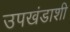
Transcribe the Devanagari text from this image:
उपखंडाशी